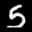
Label: 5